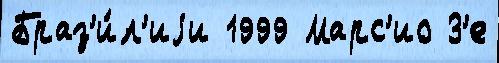
Браз'и́л'иjи 1999 Марс'ио З'е